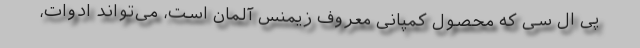
پی ال سی که محصول کمپانی معروف زیمنس آلمان است، می‌­تواند ادوات،